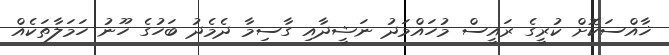
ޚާއްސަކޮށް ކުރީގެ ރައީސް މުހައްމަދު ނަޝީދާއި ގާސިމާ ދެމެދު ބަހުގެ ހޫނު ހަމަލާތަކެއް